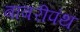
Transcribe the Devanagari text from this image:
बाबरीपंथ